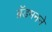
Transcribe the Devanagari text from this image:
ब्रॅडमनने